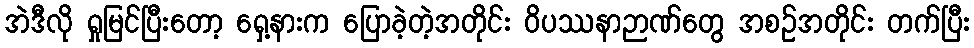
အဲဒီလို ရှုမြင်ပြီးတော့ ရှေ့နားက ပြောခဲ့တဲ့အတိုင်း ဝိပဿနာဉာဏ်တွေ အစဉ်အတိုင်း တက်ပြီး